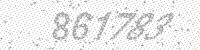
Solution: 861783